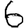
Digit: 6